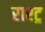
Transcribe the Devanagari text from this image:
राश्ट्र